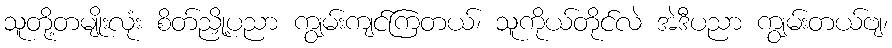
သူတို့တမျိုးလုံး စိတ်ညှို့ပညာ ကျွမ်းကျင်ကြတယ်၊ သူကိုယ်တိုင်လဲ အဲဒီပညာ ကျွမ်းတယ်ဗျ၊